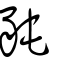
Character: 豘